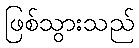
ဖြစ်သွားသည်